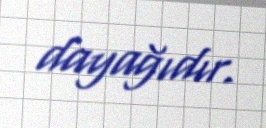
dayağıdır.